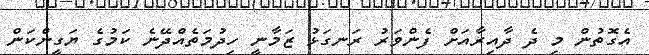
އެގޮތުން މި ދެ ދާއިރާއަށް ފެންވަރު ރަނގަޅު ޒަމާނީ ހިދުމަތެއްދޭނެ ކަމުގެ ޔަގީންކަން